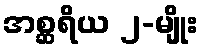
အစ္ဆရိယ ၂-မျိုး